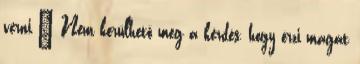
verni.” Nem kerülhető meg a kérdés, hogy érzi magát